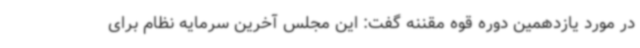
در مورد یازدهمین دوره قوه مقننه گفت: این مجلس آخرین سرمایه نظام برای